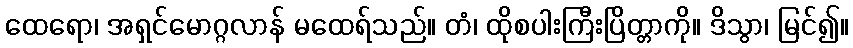
ထေရော၊ အရှင်မောဂ္ဂလာန် မထေရ်သည်။ တံ၊ ထိုစပါးကြီးပြိတ္တာကို။ ဒိသွာ၊ မြင်၍။